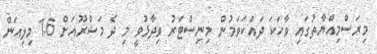
މިރަސްމިއްޔާތުގައި ވާހަކަ ދައްކަވަމުން މިނިސްޓަރު ވިދާޅުވީ މި ދެ މަޝްރޫއަށް 1.6 މިލިއަން